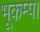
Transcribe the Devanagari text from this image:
भूकम्प।